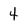
Character: 4